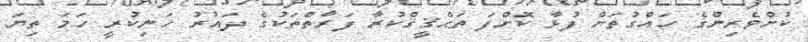
ކުށްވެރިންގެ ހައްގުތަށް ފުޅާ ކޮށްފަ ތަޙްޤީޤްކުރާ ފަރާތްތަކުގެ ދައުރު ހަނިކުރީ ހަމަ ތިޔަ